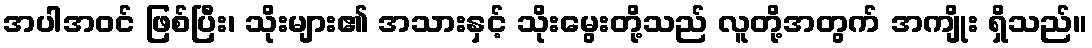
အပါအဝင် ဖြစ်ပြီး၊ သိုးများ၏ အသားနှင့် သိုးမွေးတို့သည် လူတို့အတွက် အကျိုး ရှိသည်။